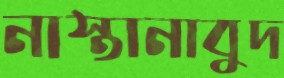
নাস্তানাবুদ